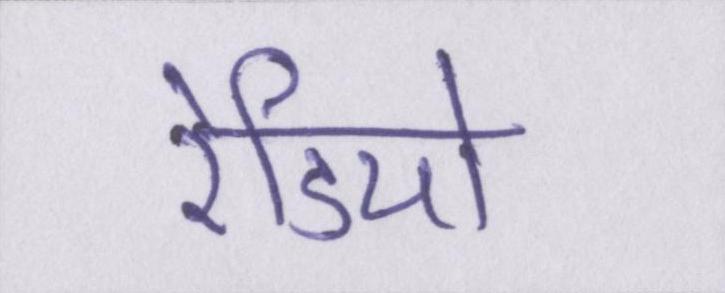
रेडियो